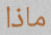
ماذا